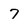
Character: 7